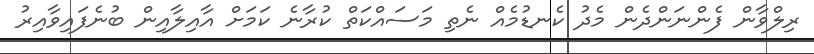
ރިލްވާން ފެންނަންދެން މެދު ކެނޑުމެއް ނެތި މަސައްކަތް ކުރާނެ ކަމަށް އާއިލާއިން ބުނެފައިވާއިރު